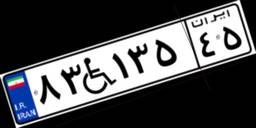
۸۳W۱۳۵۴۵